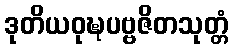
ဒုတိယဝုဍ္ဎပဗ္ဗဇိတသုတ္တံ